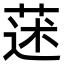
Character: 蒁